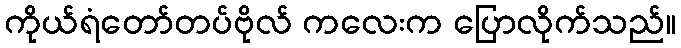
ကိုယ်ရံတော်တပ်ဗိုလ် ကလေးက ပြောလိုက်သည်။